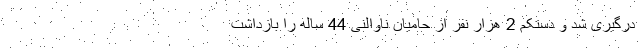
درگیری شد و دستکم 2 هزار نفر از حامیان ناوالنی 44 ساله را بازداشت